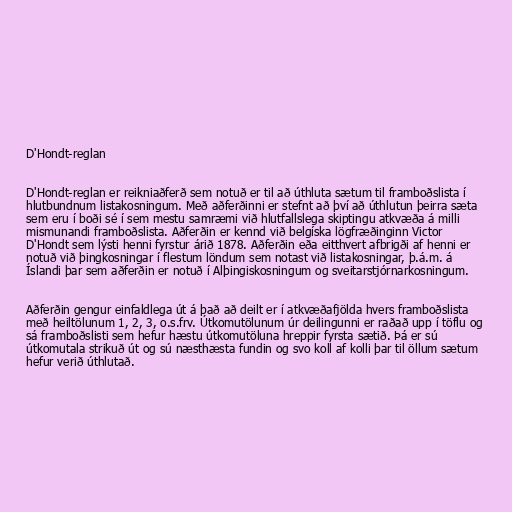
D'Hondt-reglan

D'Hondt-reglan er reikniaðferð sem notuð er til að úthluta sætum til framboðslista í
hlutbundnum listakosningum. Með aðferðinni er stefnt að því að úthlutun þeirra sæta
sem eru í boði sé í sem mestu samræmi við hlutfallslega skiptingu atkvæða á milli
mismunandi framboðslista. Aðferðin er kennd við belgíska lögfræðinginn Victor
D'Hondt sem lýsti henni fyrstur árið 1878. Aðferðin eða eitthvert afbrigði af henni er
notuð við þingkosningar í flestum löndum sem notast við listakosningar, þ.á.m. á
Íslandi þar sem aðferðin er notuð í Alþingiskosningum og sveitarstjórnarkosningum.

Aðferðin gengur einfaldlega út á það að deilt er í atkvæðafjölda hvers framboðslista
með heiltölunum 1, 2, 3, o.s.frv. Útkomutölunum úr deilingunni er raðað upp í töflu og
sá framboðslisti sem hefur hæstu útkomutöluna hreppir fyrsta sætið. Þá er sú
útkomutala strikuð út og sú næsthæsta fundin og svo koll af kolli þar til öllum sætum
hefur verið úthlutað.